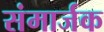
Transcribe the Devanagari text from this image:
संमार्जक